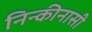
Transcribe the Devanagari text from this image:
निन्कीनासी